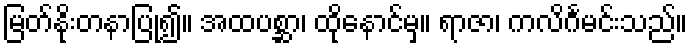
မြတ်နိုးတနာပြု၍။ အထပစ္ဆာ၊ ထိုနောင်မှ။ ရာဇာ၊ ကလိင်္ဂမင်းသည်။